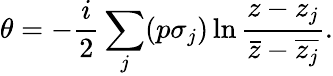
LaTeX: \theta=-\frac{i}{2}\sum_{j}(p\sigma_{j})\ln\frac{z-z_{j}}{\bar{z}-\overline{{z_{j}}}}.